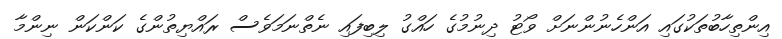
އިންތިހާބުތަކުގައި އަންހެނުންނަށް ވޯޓު ދިނުމުގެ ހައްގު ލިބިފައި ނެތްނަމަވެސް ރައްޔިތުންގެ ކަންކަން ނިންމާ